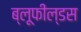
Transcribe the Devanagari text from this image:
ब्लूफील्डस